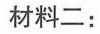
材料二：